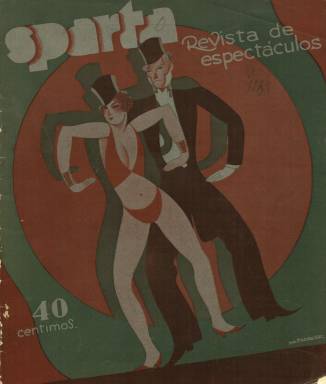
Título: Sparta (Madrid)
Colección: Cine
Ámbito geográfico: Madrid
Lugar de publicación: Madrid
Fechas: 01/10/1932-18/06/1935

Con el subtítulo “revista de espectáculos” publica un “número muestra” el uno de octubre de 1932, y hasta el cinco de noviembre no aparece su número 1, haciéndolo a partir de entonces con una periodicidad semanal, cada sábado, aunque se vería alterada en un par de ocasiones. Cada entrega es de unas 36 páginas (sin foliación), incluidas las de una cubierta ilustrada con un dibujo estampado a varias tintas de color, y que firman, entre otros dibujantes, A. Sagrera o Herreros. Su primera propietaria y fundadora fue la empresa de publicidad del mismo nombre: Sparta. Tendrá varias épocas, y en la primera será una revista de información “amplia y completa”, e ilustrada con un abundante número de fotograbados, preferentemente de artistas, actrices, actores, dramaturgos, estrenos teatrales y cinematográficos o retratos de futbolistas, autodefiniéndose como defensora de los “intereses del teatro, del cine, de los deportes y de los toros; de todo cuanto supone espectáculo, aunque dándole, naturalmente, preferencia a aquellos que tienen un significación cultural”; estando dirigida al “gran público” y al “profesional”, tal como indica en su propia información administrativa. Insertará también una copiosa publicidad comercial relativa, especialmente, a la industria cinematográfica.

Eduardo M. Portillo fue el redactor-jefe de su primera época, además de autor de algunos de sus reportajes, siendo escrita y confeccionada por periodistas, y dedicando a cada uno de los espectáculos señalados una sección propia, y por el siguiente orden: En la de Teatro, entre otras, publica semblanzas bajo el epígrafe “Nuestras actrices”, también da cuenta de los estrenos que preparan los dramaturgos –como fue el cado de Jacinto Benavente –, ofrece las carteleras de los teatros madrileños y publica artículos como el titulado Grandeza y servidumbre del teatro popular, firmado por uno de sus principales colaboradores: Felipe Lluch Garín. En la de Música, además de ofrecer información sobre las programaciones de los coliseos madrileños dedicados a este arte, publica también artículos, como el dedicado al Teatro Lírico Nacional, firmado por José Romero Cuesta. Lo mismo pasa con la sección de Cine, en donde ofrece así mismo noticias, semblanzas de actores y actrices, informaciones sobre rodajes y estrenos, crítica de películas y carteleras, así como otros textos, como los firmados por Jaime de Sort. En la de Deportes, inserta reportajes sobre equipos de fútbol o torneos de vela, entre otros, con textos firmados, generalmente, bajo seudónimos, así como fichas coleccionables de futbolistas. También tiene una sección que denomina Arte frívolo, referido a los espectáculos de variedades, en donde Carlos Fortuny publica algún texto sobre artistas famosas en su intimidad, y Álvaro Retama, otros textos. Mientras que Federico M. Alcázar firma los artículos de la sección Toros. Otra sección se denomina Mutis por el foro (breves de “chismorreos” recogidos en escenarios, camerinos o tertulias de café), y entre otros colaboradores, contará con José Alsina y José Luis Salado. También organiza un acto en beneficio de Francisco Villaespesa (diciembre de 1932), así como concursos, y en uno de ellos (enero de 1933), Celia Gámez fue proclamada “Musa del arte frívolo”.

La colección de la Biblioteca Nacional de España (BNE) de esta primera época abarca hasta la entrega número 12, correspondiente al 21 de enero de 1933, pero siguió editándose hasta el cuatro de noviembre de ese año (número 44), en unas entregas en las que fueron publicados una serie de seis artículos beligerantes hacia la gestión del Ministerio de Instrucción Pública en materia teatral, cuya polémica ha sido analizada –además de la propia revista– en un trabajo publicado por Pilar Nieva de la Paz, en 2010 y recogida en otro de Roberto García de Mesa, de 2015. Los últimos cuatro números de esta primera etapa estuvieron dirigidos por el citado Lluch Garín y Agustín Figueroa, sucesivamente. Tras dejar de publicarse, la revista reapareció el sábado, 18 de agosto de 1934, reiniciando su secuencia numérica, y reduciendo las páginas de sus entregas, hasta la veintena, aunque las aumentará en alguna ocasión. Ahora su subtítulo es “revista técnica de la cinematografía”, dándole sus artífices un “carácter esencialmente nuevo”, especializándose sólo en el arte y el espectáculo cinematográficos y también en su naturaleza técnica, y dirigida a los diversos colectivos o gremios integrantes de esta industria (productores, empresarios o distribuidores), que sumaban ya los cinco mil “afiliados”, y con el objeto de “alentar” una producción nacional en un momento en el que se universalizaba el cine sonoro, que contaba con un público potencial de 120 millones de hablantes del español.

Su segunda época se publica bajo la dirección de Ernesto Saverio Anselmi, y desde el número 8, de 30 de noviembre de 1934, quedará en manos de una nueva empresa editora, siendo su director Vicente G. Paratcha, y director-gerente, Pedro Lagrava Laplaza. Posteriormente aparece como redactor jefe, José María Aguirre. Su periodicidad en esta segunda época será variable, y a veces semanal y otras, quincenal. También con cubierta, ilustrada ahora con retratos de actrices, publica artículos técnicos, informaciones sobre las producciones cinematográficas españolas y del extranjero, algunos breves de cotilleos, crítica de estrenos y fichas de películas, reportajes sobre estudios de rodaje o salas de proyección y sobre asuntos corporativistas o gremiales, dedicando atención también a la distribución o al cine documental, y publicando artículos de opinión en su primera página, muchos de ellos sobre el Consejo de Cinematografía. El 15 de abril de 1935 (número 15) publicará una “edición especial”, en el que colaboran Rafael Gil, Benjamín Jarnés, Alfredo Miralles, José Palau, Luis Gómez Mesa, César M. Arconada, Manuel Villegas López, J.G. de Ubieta, Augusto Ysern y Luciano de Arredondo. En esta segunda época publica hasta dieciocho entregas, siendo la última la correspondiente al 18 de junio de 1935, cuando desde la revista se anuncia una nueva etapa de la misma, pero lo hará con el título Cinema Sparta, que comienza a publicarse el cinco de julio de ese año, continuando con la secuencia de su predecesora, y que también forma parte de la colección hemerográfica de la BNE.